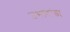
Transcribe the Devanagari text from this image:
उभादांडा